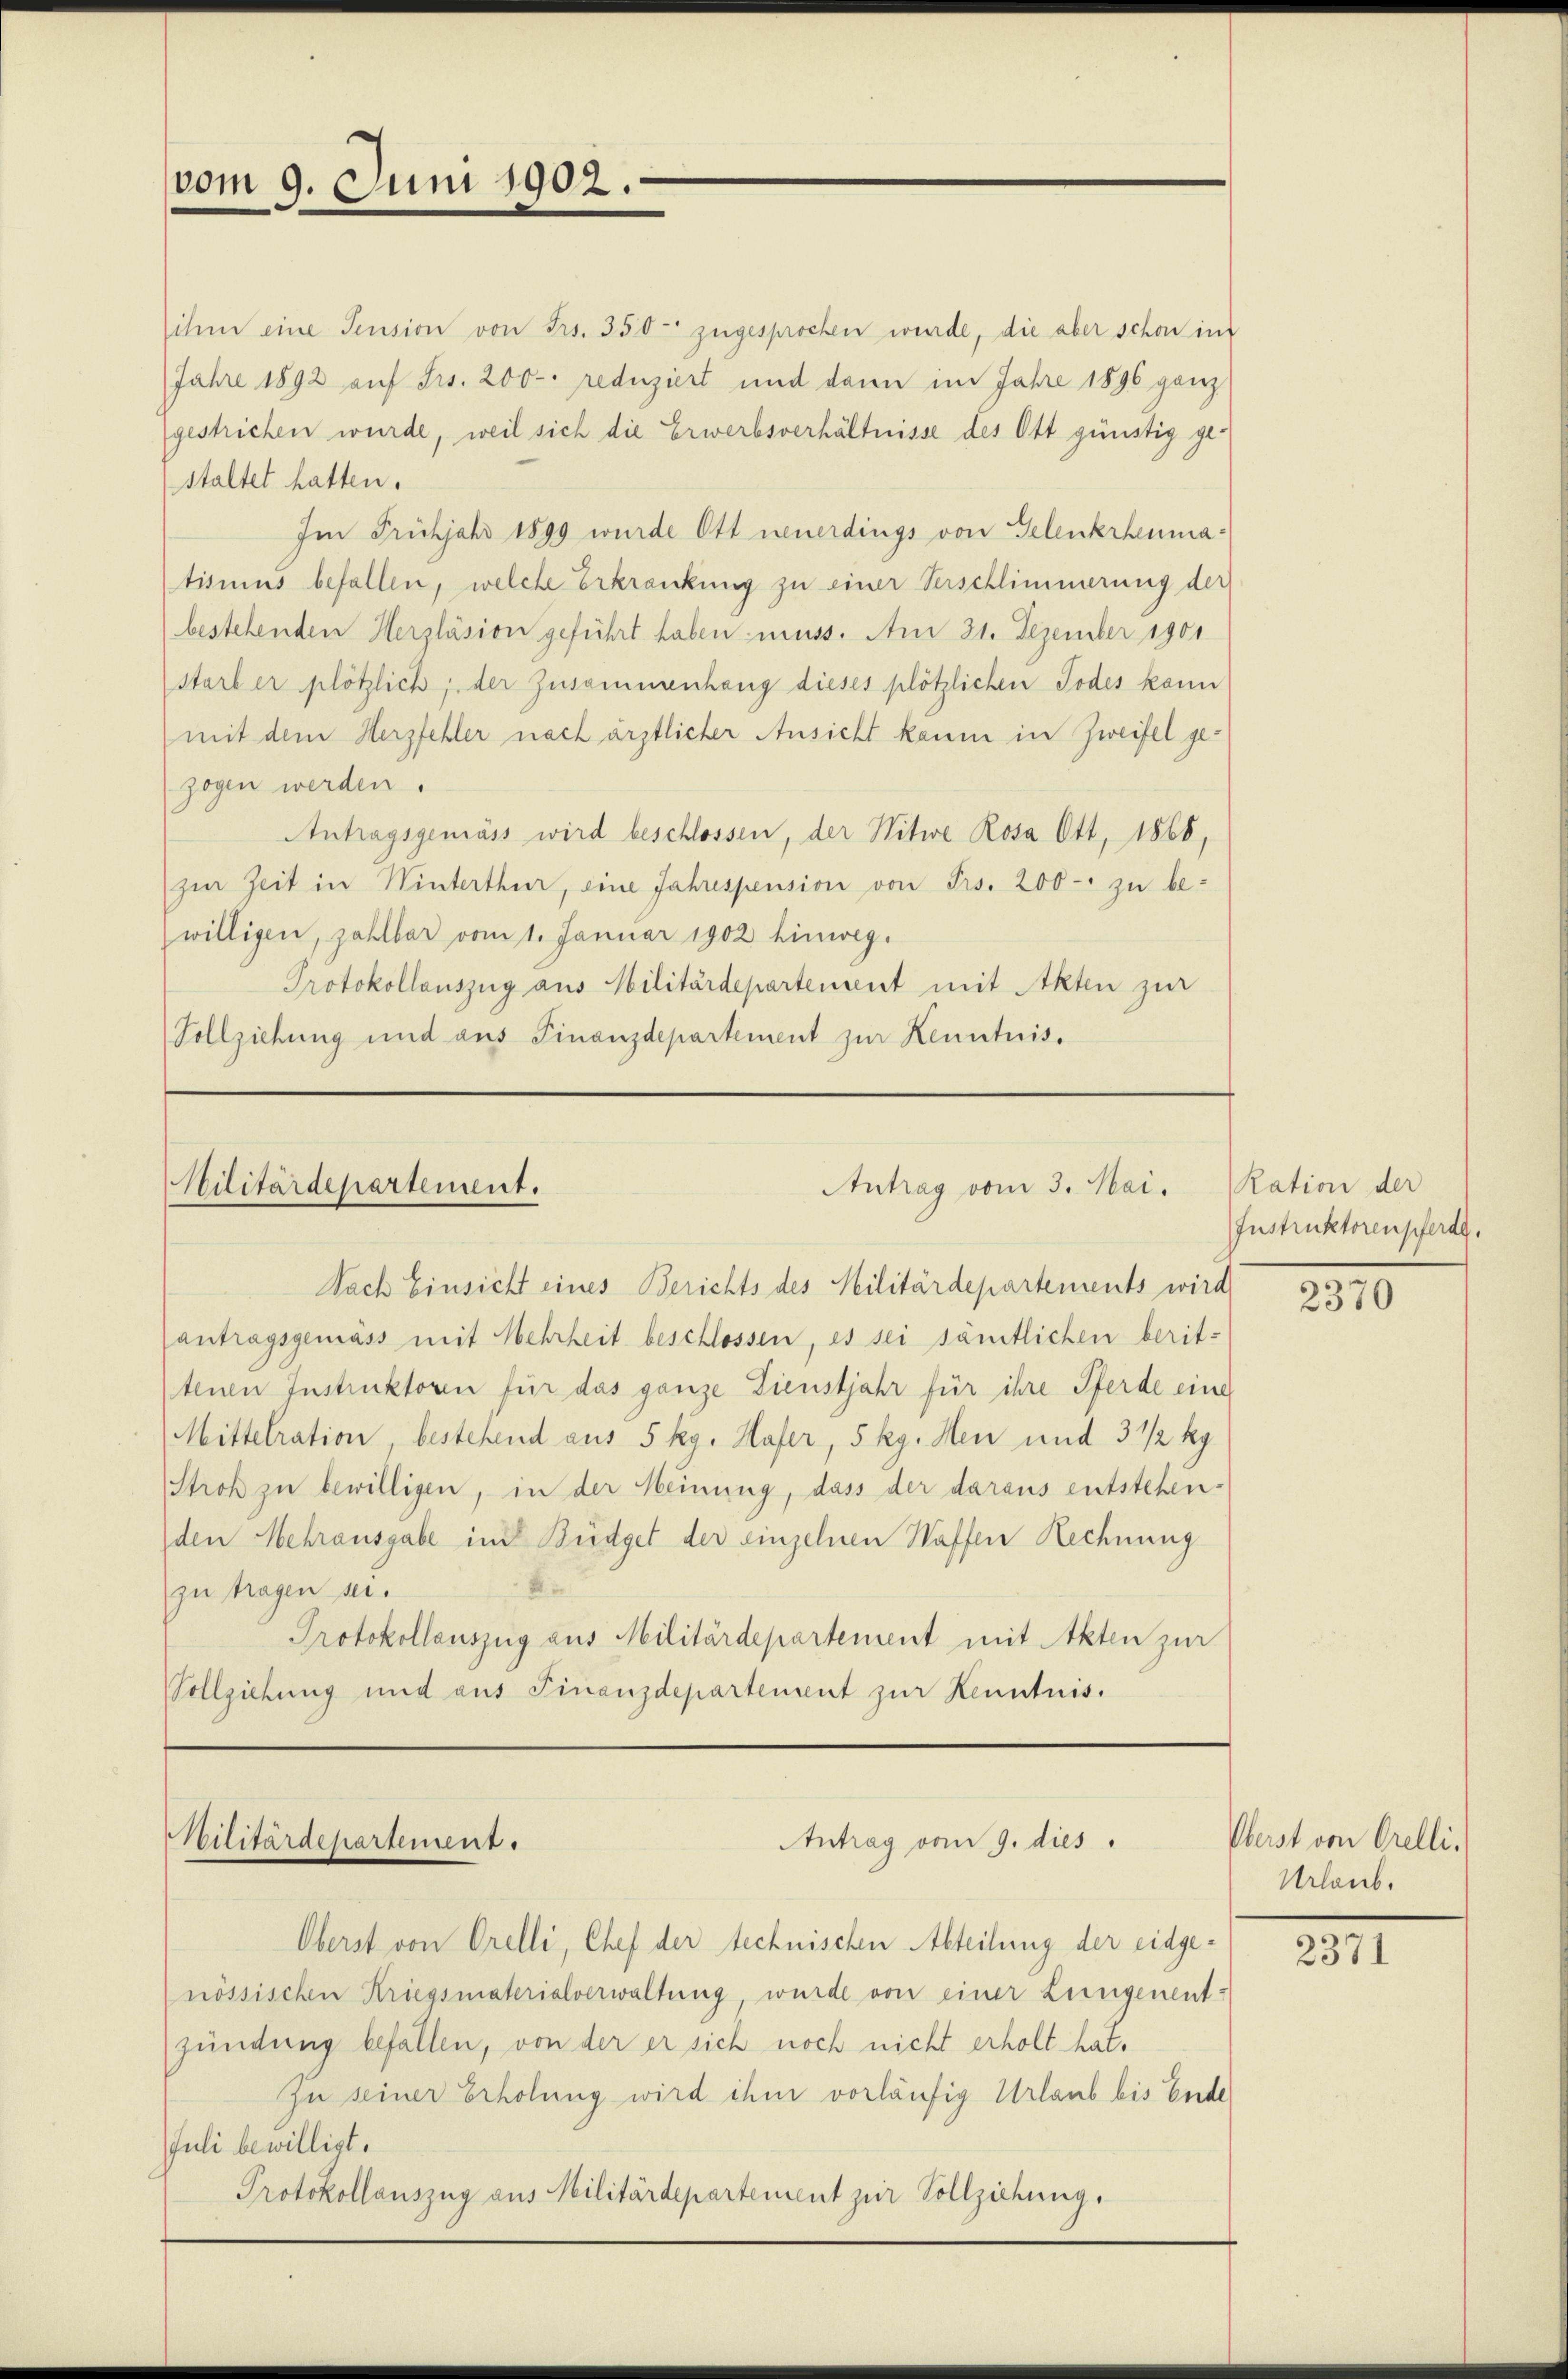
vom 9. Juni 1902.

ihm eine Pension von Frs. 350 zugesprochen werde, die aber schon im
Jahre 1892 auf Frs. 200 reduziert und dann im Jahre 1896 ganz
gestrichen wurde, weil sich die Erwerbsverhältnisse des Ott günstig gestaltet hatten.
Im Frühjahr 1899 wurde Ott neuerdings von Gelenkrheumatismus befallen, welche Erkrankung zu einer Verschlimmerung der
bestehenden Herzläsion geführt haben muss. Am 21. Dezember 1901
starb er plötzlich, der Zusammenhang dieses plötzlichen Todes kann
mit dem Herzfehler nach ärztlicher Ansicht kaum in Zweifel gezogen werden.
Antragsgemäss wird beschlossen, der Witwe Rosa Ott, 1866,
zŭr Zeit in Winterthur, eine Jahrespension von Frs. 200 - zu be-
willigen, zahlbar vom 1. Januar 1902 hinweg.
Protokollauszug aus Militärdepartement mit Akten zur
Vollziehung und aus Finanzdepartement zur Kenntnis.

Militärdepartement.
Antrag vom 3. Mai.

Nach Einsicht eines Berichts des Militärdepartements wird
antragsgemäss mit Mehrheit beschlossen, es sei sämtlichen berit-
tenen Instruktoren für das ganze Dienstjahr für ihre Pferde eine
Mittelration, bestehend aus 5 kg. Hafer, 5 kg. Heu und 3 1/2 kg
Stroh zu bewilligen, in der Meinung, dass der daraus entstehenden Mehrausgabe in Büdget der einzelnen Waffen Rechnung
zu tragen sei.
Protokollauszug aus Militärdepartement mit Akten zur
Vollziehung und aus Finanzdepartement zur Kenntnis.

Militärdepartement.

Antrag vom 9. dies

Oberst von Orelli, Chef der technischen Abteilung der eidgenössischen Kriegsmaterialverwaltung, wurde von einer Lungenent-
zündung befallen, von der er sich noch nicht erholt hat.
zu seiner Erholung wird ihm vorläufig Urlaub bis Ende
Juli bewilligt.
Protokollauszug aus Militärdepartement zur Vollziehung.

Ration der
Instruktoren pferde.

2370

Oberst von Orelli.
Urlaub.

2371